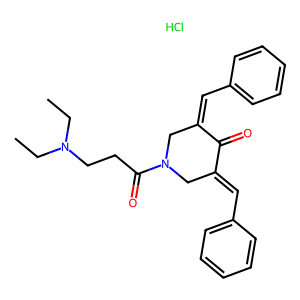
SMILES: CCN(CC)CCC(=O)N1CC(=Cc2ccccc2)C(=O)C(=Cc2ccccc2)C1.Cl
Inhibits HIV replication: No